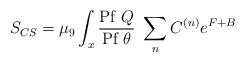
\begin{align*} S_{CS} = \mu_9 \int_x {\mbox{Pf}~Q\over \mbox{Pf}~\theta}~\sum_n C^{(n)} e^{F + B}\end{align*}